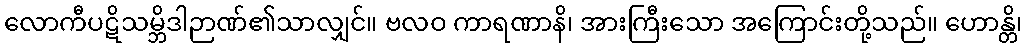
လောကီပဋိသမ္ဘိဒါဉာဏ်၏သာလျှင်။ ဗလဝ ကာရဏာနိ၊ အားကြီးသော အကြောင်းတို့သည်။ ဟောန္တိ၊